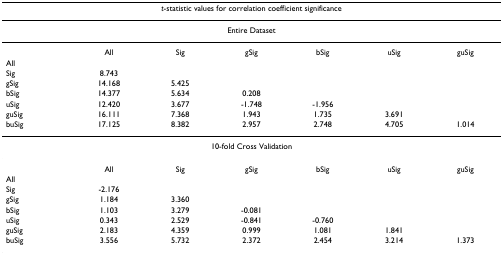
<table><thead><tr><td colspan="7"><b><i>t</i>-statistic values for correlation coefficient significance</b></td></tr></thead><tbody><tr><td colspan="7">Entire Dataset</td></tr><tr><td></td><td>All</td><td>Sig</td><td>gSig</td><td>bSig</td><td>uSig</td><td>guSig</td></tr><tr><td>All</td><td></td><td></td><td></td><td></td><td></td><td></td></tr><tr><td>Sig</td><td>8.743</td><td></td><td></td><td></td><td></td><td></td></tr><tr><td>gSig</td><td>14.168</td><td>5.425</td><td></td><td></td><td></td><td></td></tr><tr><td>bSig</td><td>14.377</td><td>5.634</td><td>0.208</td><td></td><td></td><td></td></tr><tr><td>uSig</td><td>12.420</td><td>3.677</td><td>-1.748</td><td>-1.956</td><td></td><td></td></tr><tr><td>guSig</td><td>16.111</td><td>7.368</td><td>1.943</td><td>1.735</td><td>3.691</td><td></td></tr><tr><td>buSig</td><td>17.125</td><td>8.382</td><td>2.957</td><td>2.748</td><td>4.705</td><td>1.014</td></tr><tr><td colspan="7">10-fold Cross Validation</td></tr><tr><td></td><td>All</td><td>Sig</td><td>gSig</td><td>bSig</td><td>uSig</td><td>guSig</td></tr><tr><td>All</td><td></td><td></td><td></td><td></td><td></td><td></td></tr><tr><td>Sig</td><td>-2.176</td><td></td><td></td><td></td><td></td><td></td></tr><tr><td>gSig</td><td>1.184</td><td>3.360</td><td></td><td></td><td></td><td></td></tr><tr><td>bSig</td><td>1.103</td><td>3.279</td><td>-0.081</td><td></td><td></td><td></td></tr><tr><td>uSig</td><td>0.343</td><td>2.529</td><td>-0.841</td><td>-0.760</td><td></td><td></td></tr><tr><td>guSig</td><td>2.183</td><td>4.359</td><td>0.999</td><td>1.081</td><td>1.841</td><td></td></tr><tr><td>buSig</td><td>3.556</td><td>5.732</td><td>2.372</td><td>2.454</td><td>3.214</td><td>1.373</td></tr></tbody></table>